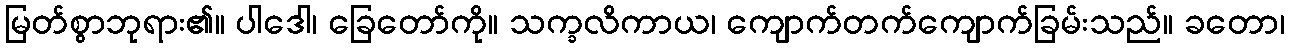
မြတ်စွာဘုရား၏။ ပါဒေါ၊ ခြေတော်ကို။ သက္ခလိကာယ၊ ကျောက်တက်ကျောက်ခြမ်းသည်။ ခတော၊